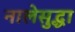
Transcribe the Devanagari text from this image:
नालेसुद्धा